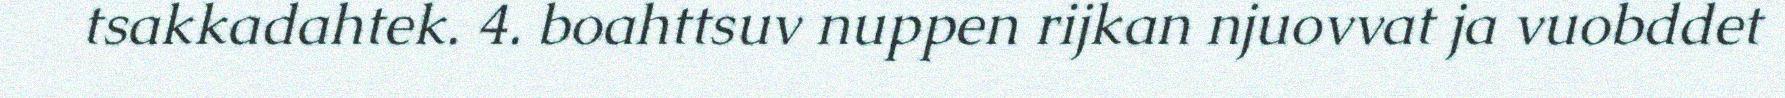
tsakkadahtek. 4. boahttsuv nuppen rijkan njuovvat ja vuobddet